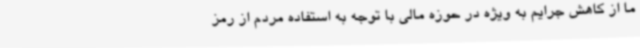
ما از کاهش جرایم به ویژه در حوزه مالی با توجه به استفاده مردم از رمز